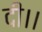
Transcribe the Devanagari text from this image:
दी।।